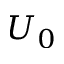
U _ { 0 }